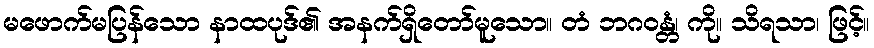
မဖောက်မပြန်သော နာထပုဒ်၏ အနက်ရှိတော်မူသော။ တံ ဘဂဝန္တံ၊ ကို။ သိရသာ၊ ဖြင့်။